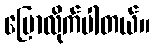
ပြောလိုက်ပါတယ်။